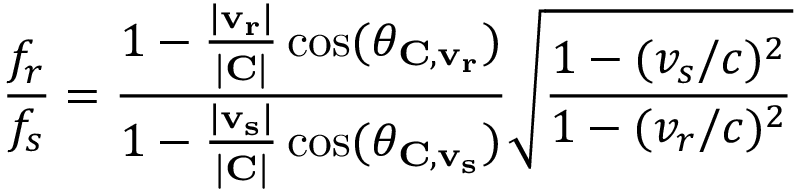
{ \frac { f _ { r } } { f _ { s } } } = { \frac { 1 - { \frac { | \mathbf { v _ { r } } | } { \mathbf { | C | } } } \cos ( \theta _ { \mathbf { C , v _ { r } } } ) } { 1 - { \frac { | \mathbf { v _ { s } } | } { \mathbf { | C | } } } \cos ( \theta _ { \mathbf { C , v _ { s } } } ) } } { \sqrt { \frac { 1 - ( v _ { s } / c ) ^ { 2 } } { 1 - ( v _ { r } / c ) ^ { 2 } } } }